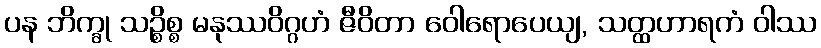
ပန ဘိက္ခု သဉ္စိစ္စ မနုဿဝိဂ္ဂဟံ ဇီဝိတာ ဝေါရောပေယျ, သတ္ထဟာရကံ ဝါဿ